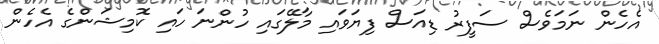
އެހެން ނަމަވެސް ސަފީރު ޑިއަސް ފިޔަވައި މާލޭގައި ހުންނަ ހައި ކޮމިޝަންގެ އެހެން